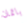
باتمان